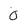
Character: O